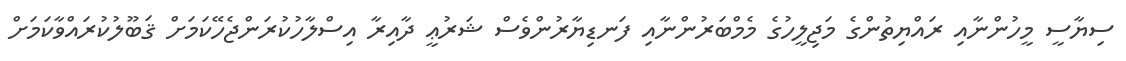
ސިޔާސީ މީހުންނާއި ރައްޔިތުންގެ މަޖިލީހުގެ މެމްބަރުންނާއި ފަނޑިޔާރުންވެސް ޝަރުޢީ ދާއިރާ އިސްލާހުކުރަންޖެހޭކަމަށް ޤަބޫލުކުރައްވާކަމަށް